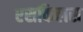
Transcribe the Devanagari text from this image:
एसकिलस